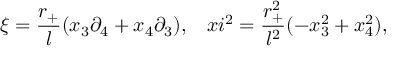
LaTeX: \xi = \frac { r _ { + } } { l } ( x _ { 3 } \partial _ { 4 } + x _ { 4 } \partial _ { 3 } ) , \ \ \, x i ^ { 2 } = \frac { r _ { + } ^ { 2 } } { l ^ { 2 } } ( - x _ { 3 } ^ { 2 } + x _ { 4 } ^ { 2 } ) ,